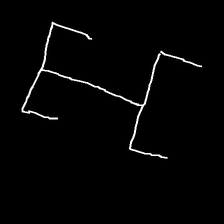
Glyph: entwine